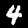
Label: 4